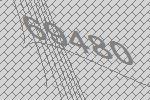
69480